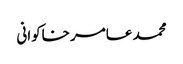
محمد عامر خاکوانی